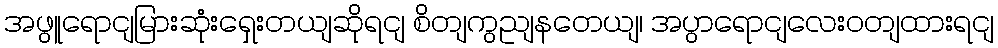
အဖွူရောငျမြားဆုံးရှေးတယျဆိုရငျ စိတျကွညျနတေယျ၊ အပွာရောငျလေးဝတျထားရငျ